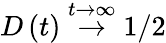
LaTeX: D\left(t\right)\stackrel{t\rightarrow\infty}{{\rightarrow}}1/2